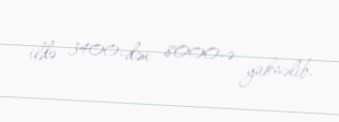
ildə 3400-dən 8000-ə yüksəlib.